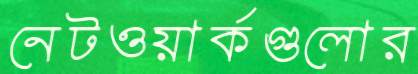
নেটওয়ার্কগুলোর